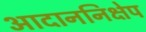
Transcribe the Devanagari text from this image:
आदाननिक्षेप